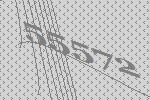
55572